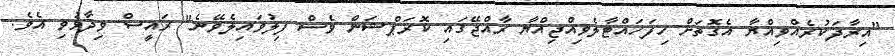
"އިރާދަކުރެއްވިއްޔާ އެގޮތަށް ހިފަހައްޓާލެވިއްޖިއްޔާ ރާއްޖޭގައި ކޮރަޕްޝަން ވެސް ފިލުވައިލެވޭނެ" ރައީސް ވިދާޅުވި އެވެ.